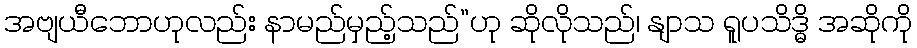
အဗျယီဘောဟုလည်း နာမည်မှည့်သည်”ဟု ဆိုလိုသည်၊ နျာသ ရူပသိဒ္ဓိ အဆိုကို